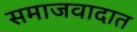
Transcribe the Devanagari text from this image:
समाजवादात